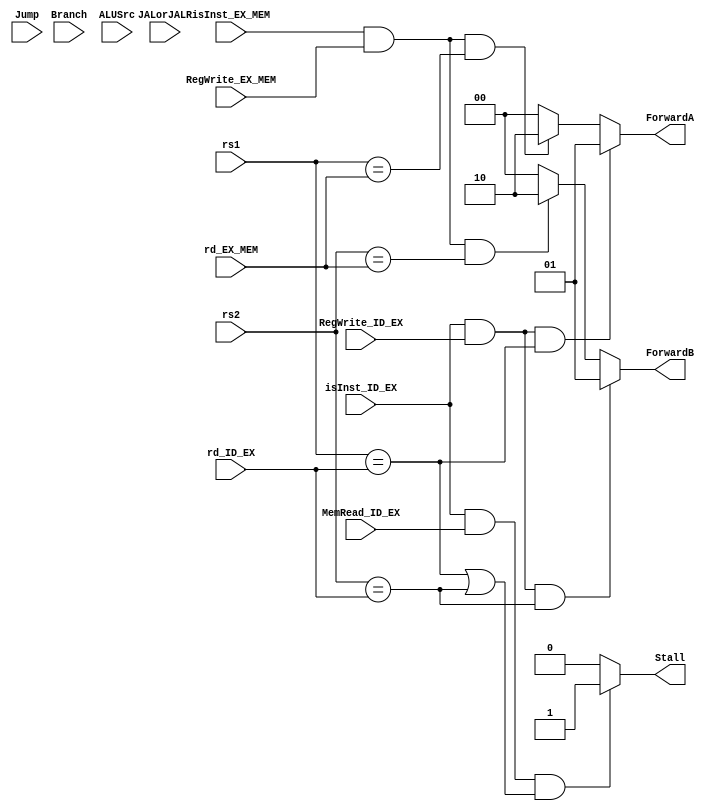
module Data_Hazard_Unit(
	input wire isInst_ID_EX,
	input wire isInst_EX_MEM,
	input wire [1:0] rs1,
	input wire [1:0] rs2,
	input wire [1:0] rd_ID_EX,
	input wire [1:0] rd_EX_MEM,
	input wire MemRead_ID_EX,
	input wire RegWrite_ID_EX,
	input wire RegWrite_EX_MEM,
	input wire Jump,
	input wire JALorJALR,
	input wire Branch,
	input wire ALUSrc,
	output reg [1:0] ForwardA,
	output reg [1:0] ForwardB,
	output reg Stall
);
	always @(*) begin
		//rs1
		if(isInst_ID_EX && RegWrite_ID_EX && (rs1 == rd_ID_EX)) begin
			ForwardA <= 2'b1;
		end
		else if(isInst_EX_MEM && RegWrite_EX_MEM && (rs1 == rd_EX_MEM)) begin
			ForwardA <= 2'b10;
		end
		else begin
			ForwardA <= 2'b0;
		end
		//rs2 MEM_write이면 11은 안되도록 조정 필요
		if(isInst_ID_EX && RegWrite_ID_EX && (rs2 == rd_ID_EX)) begin
			ForwardB <= 2'b1;
		end
		else if(isInst_EX_MEM && RegWrite_EX_MEM && (rs2 == rd_EX_MEM)) begin
			ForwardB <= 2'b10;
		end
		else begin
			ForwardB <= 2'b0;
		end
		//stall
		if(isInst_ID_EX && MemRead_ID_EX && (rs1 == rd_ID_EX || rs2 == rd_ID_EX)) begin
			Stall <= 1'b1;
		end
		else begin
			Stall <= 1'b0;
		end
	end
endmodule